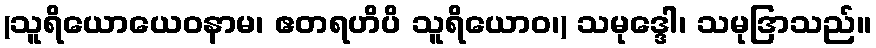
(သူရိယောယေဝနာမ၊ ဧတရဟိပိ သူရိယောဝ၊) သမုဒ္ဒေါ၊ သမုဒြာသည်။